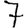
Digit: 7